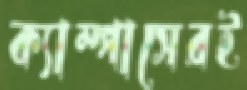
ক্যাম্পাসেরই